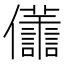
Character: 𠑫